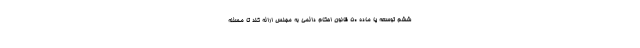
ششم توسعه یا ماده 50 قانون احکام دائمی به مجلس ارائه کند تا مسئله